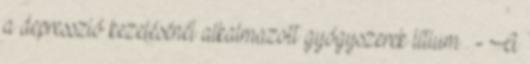
a depresszió kezelésénél alkalmazott gyógyszerek lítium . - A